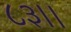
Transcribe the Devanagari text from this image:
८३।।